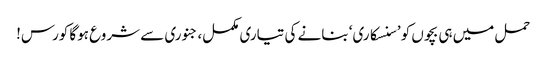
حمل میں ہی بچوں کو ’سنسکاری‘ بنانے کی تیاری مکمل، جنوری سے شروع ہوگا کورس!